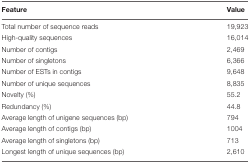
<table><thead><tr><td><b>Feature</b></td><td><b>Value</b></td></tr></thead><tbody><tr><td>Total number of sequence reads</td><td>19,923</td></tr><tr><td>High-quality sequences</td><td>16,014</td></tr><tr><td>Number of contigs</td><td>2,469</td></tr><tr><td>Number of singletons</td><td>6,366</td></tr><tr><td>Number of ESTs in contigs</td><td>9,648</td></tr><tr><td>Number of unique sequences</td><td>8,835</td></tr><tr><td>Novelty (%)</td><td>55.2</td></tr><tr><td>Redundancy (%)</td><td>44.8</td></tr><tr><td>Average length of unigene sequences (bp)</td><td>794</td></tr><tr><td>Average length of contigs (bp)</td><td>1004</td></tr><tr><td>Average length of singletons (bp)</td><td>713</td></tr><tr><td>Longest length of unique sequences (bp)</td><td>2,610</td></tr></tbody></table>